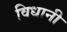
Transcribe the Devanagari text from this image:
विधानी